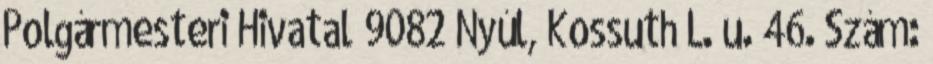
Polgármesteri Hivatal 9082 Nyúl, Kossuth L. u. 46. Szám: